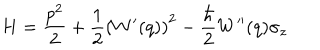
H = \frac { p ^ { 2 } } { 2 } + \frac { 1 } { 2 } \left( W ^ { \prime } ( q ) \right) ^ { 2 } - \frac { \hbar } { 2 } W ^ { \prime \prime } ( q ) \sigma _ { z }